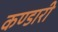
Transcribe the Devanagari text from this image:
कण्डारी